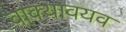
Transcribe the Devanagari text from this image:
वाक्यावयव